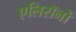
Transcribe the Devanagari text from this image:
एलिरॉनों